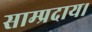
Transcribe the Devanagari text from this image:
साम्प्रदाय।